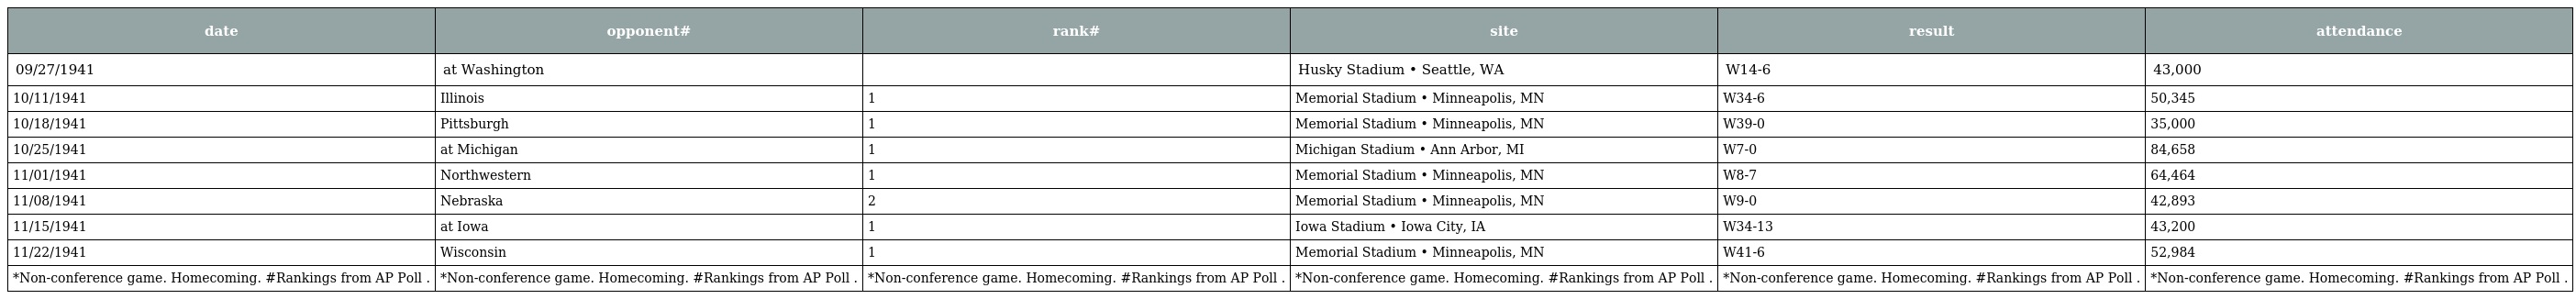
| date | opponent# | rank# | site | result | attendance |
 | --- | --- | --- | --- | --- | --- |
 | 09/27/1941 | at Washington |  | Husky Stadium • Seattle, WA | W14-6 | 43,000 |
 | 10/11/1941 | Illinois | 1 | Memorial Stadium • Minneapolis, MN | W34-6 | 50,345 |
 | 10/18/1941 | Pittsburgh | 1 | Memorial Stadium • Minneapolis, MN | W39-0 | 35,000 |
 | 10/25/1941 | at Michigan | 1 | Michigan Stadium • Ann Arbor, MI | W7-0 | 84,658 |
 | 11/01/1941 | Northwestern | 1 | Memorial Stadium • Minneapolis, MN | W8-7 | 64,464 |
 | 11/08/1941 | Nebraska | 2 | Memorial Stadium • Minneapolis, MN | W9-0 | 42,893 |
 | 11/15/1941 | at Iowa | 1 | Iowa Stadium • Iowa City, IA | W34-13 | 43,200 |
 | 11/22/1941 | Wisconsin | 1 | Memorial Stadium • Minneapolis, MN | W41-6 | 52,984 |
 | *Non-conference game. Homecoming. #Rankings from AP Poll . | *Non-conference game. Homecoming. #Rankings from AP Poll . | *Non-conference game. Homecoming. #Rankings from AP Poll . | *Non-conference game. Homecoming. #Rankings from AP Poll . | *Non-conference game. Homecoming. #Rankings from AP Poll . | *Non-conference game. Homecoming. #Rankings from AP Poll . |